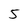
Character: 5